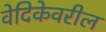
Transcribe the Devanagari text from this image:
वेदिकेवरील